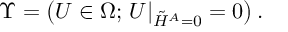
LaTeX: \Upsilon = \left( U \in \Omega ; \, U \vert _ { \tilde { H } ^ { A } = 0 } = 0 \right) .